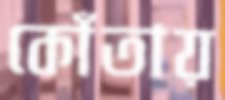
কোঁতায়